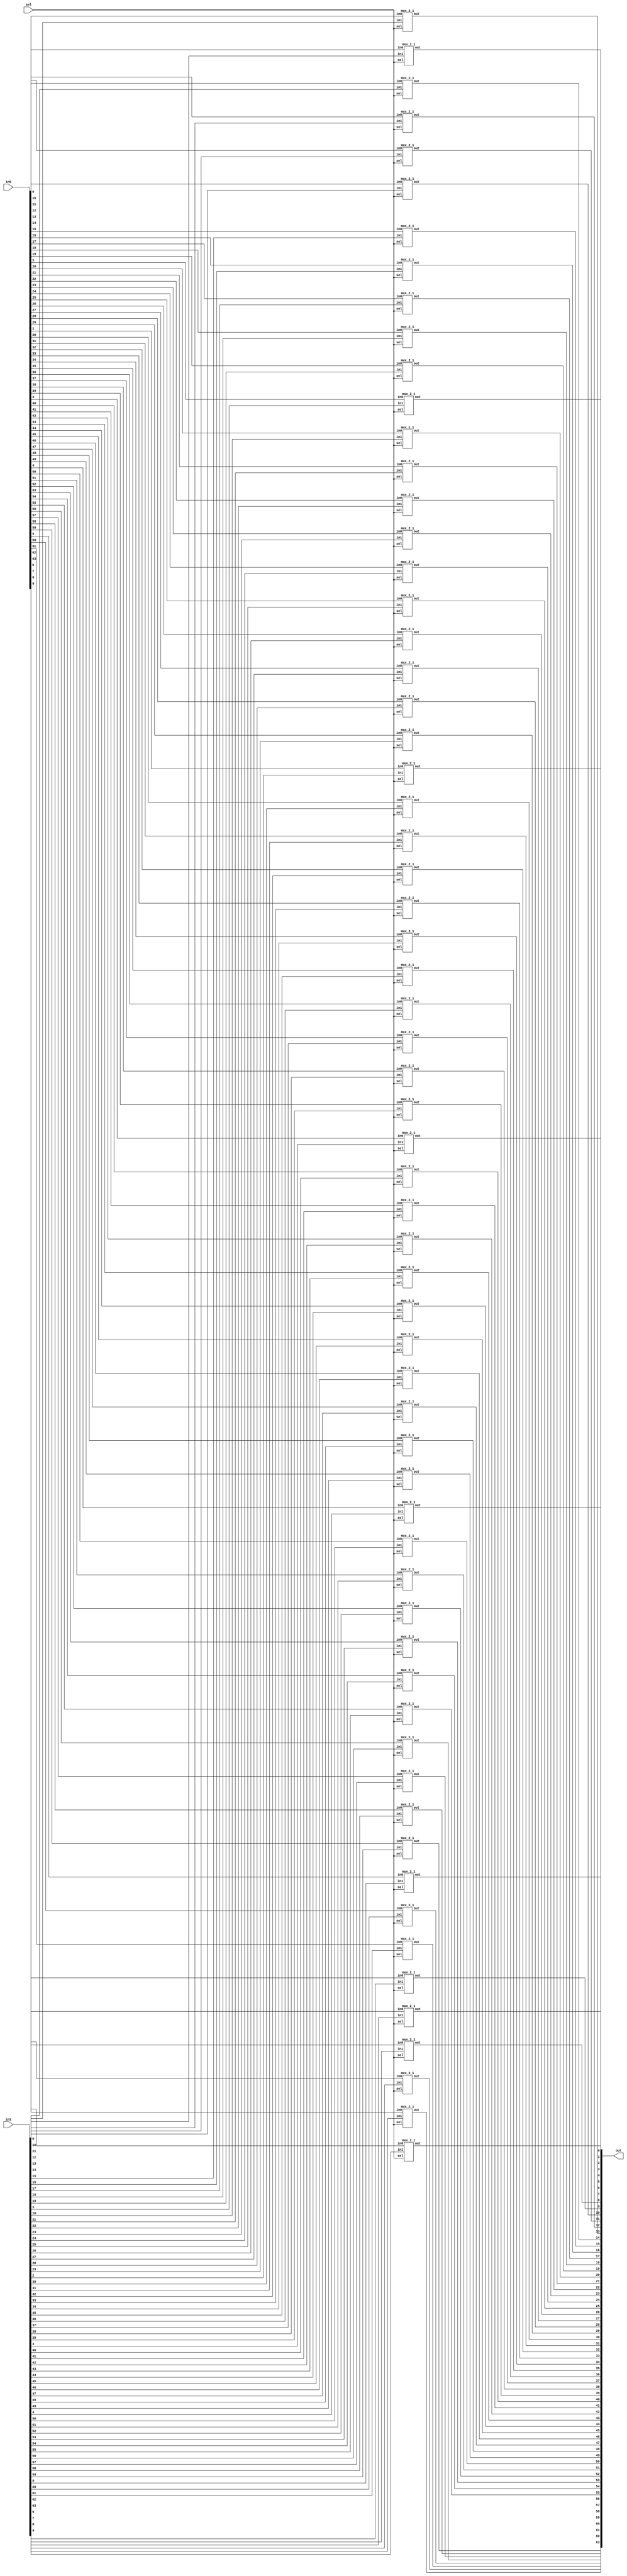
`timescale 1ns / 1ps

//////////////////////////////////////////////////////////////////////////////////
// Company: Digilent
//////////////////////////////////////////////////////////////////////////////////

module bus_mux_2_1 #(parameter WIDTH = 64) (
   output wire [WIDTH - 1 : 0] out,
   input  wire [WIDTH - 1 : 0] in0,
   input  wire [WIDTH - 1 : 0] in1,
   input  wire                 sel
);

   genvar i;
   generate
      for (i = 0; i < WIDTH; i = i + 1) begin : muxes
         mux_2_1 m (.out(out[i]), .in0(in0[i]), .in1(in1[i]), .sel(sel));
      end
   endgenerate
endmodule

module mux_2_1 (
   output wire out,
   input  wire in0,
   input  wire in1,
   input  wire sel
);

   wire seln;
   not n (seln, sel);

   wire out0, out1;
   and a0 (out0, in0, seln);
   and a1 (out1, in1, sel);

   or o (out, out0, out1);
endmodule

module mux_4_1 (
   output wire       out,
   input  wire [3:0] in,
   input  wire [1:0] sel
);

   wire [1:0] seln;
   not n0 (seln[0], sel[0]);
   not n1 (seln[1], sel[1]);

   wire out0, out1, out2, out3;
   and a0 (out0, in[0], seln[1], seln[0]);
   and a1 (out1, in[1], seln[1], sel[0]);
   and a2 (out2, in[2], sel[1],  seln[0]);
   and a3 (out3, in[3], sel[1],  sel[0]);

   or o (out, out0, out1, out2, out3);
endmodule